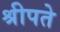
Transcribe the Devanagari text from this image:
श्रीपते